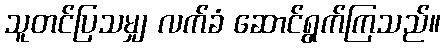
သူတင်ပြသမျှ လက်ခံ ဆောင်ရွက်ကြသည်။